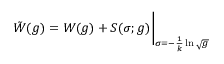
\tilde { W } ( g ) = W ( g ) + S ( \sigma ; g ) \bigg \vert _ { \sigma = - \frac { 1 } { k } \ln \sqrt { g } }